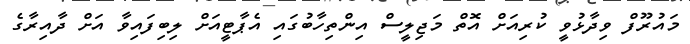
މައުރޫފް ވިދާޅުވީ ކުރިއަށް އޮތް މަޖިލީސް އިންތިހާބުގައި އެޕާޓީއަށް ލިބިފައިވާ އަށް ދާއިރާގެ